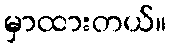
မှာထားတယ်။